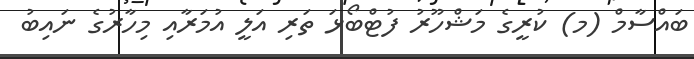
ބައްސާމް (މ) ކުރީގެ މަޝްހޫރު ފުޓްބޯޅަ ތަރި އަލީ އުމަރާއި މިހާރުގެ ނައިބު